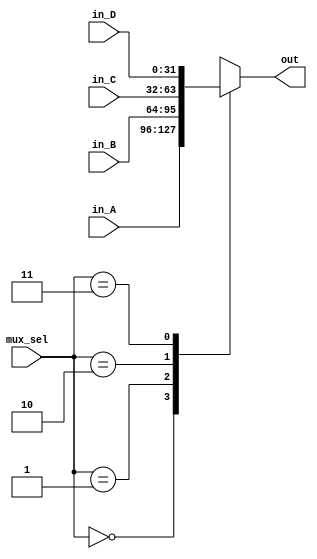
`timescale 1ns / 1ps

module mux_4to1 #(parameter width = 32)
                 (input [width-1:0] in_A,
                  input [width-1:0] in_B,
				  input [width-1:0] in_C,
				  input [width-1:0] in_D,
				  input [1:0] mux_sel,
				  output reg [width-1:0] out);
						
parameter SEL_A = 2'b00;
parameter SEL_B = 2'b01;
parameter SEL_C = 2'b10;
parameter SEL_D = 2'b11;
						
always@(*) begin
	case (mux_sel) 
		SEL_A: out = in_A;
		SEL_B: out = in_B;
		SEL_C: out = in_C;
		SEL_D: out = in_D;
	endcase
end

endmodule